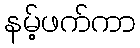
နမ့်ဖက်ကာ